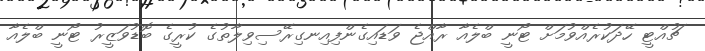
ޗުއްޓީ ހޭދަކުރެއްވުމަށް ޓޯނީ ބްލެއާ ރާއްޖެ ވަޑައިގެންފިއިނގިރޭސިވިލާތުގެ ކުރީގެ ބޮޑުވަޒީރު ޓޯނީ ބްލެއާ